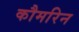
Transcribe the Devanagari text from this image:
कौमरिन